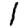
Digit: 1